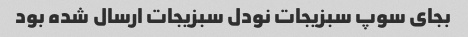
بجای سوپ سبزیجات نودل سبزیجات ارسال شده بود